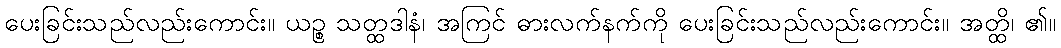
ပေးခြင်းသည်လည်းကောင်း။ ယဉ္စ သတ္ထဒါနံ၊ အကြင် ဓားလက်နက်ကို ပေးခြင်းသည်လည်းကောင်း။ အတ္ထိ၊ ၏။